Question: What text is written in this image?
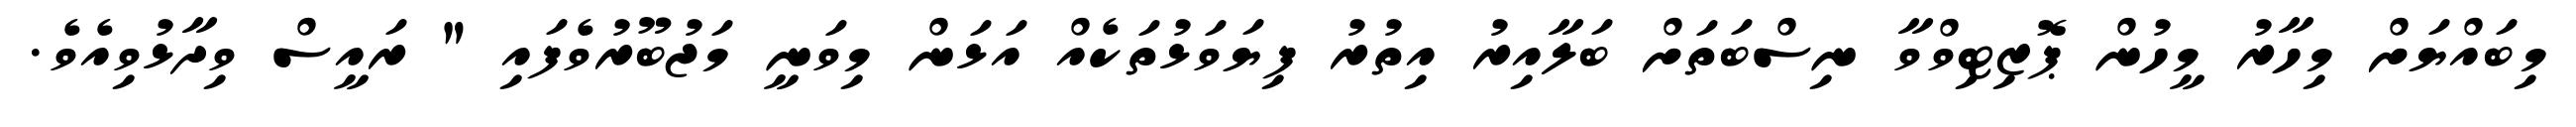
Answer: މިބައްޔަށް މިހާރު މީހުން ޕޮޒިޓިވްވާ ނިސްބަތަށް ބަލާއިރު އިތުރު ފިޔަވަޅުތަކެއް އަޅަން މިވަނީ މަޖުބޫރުވެފައި " ރައީސް ވިދާޅުވިއެވެ.